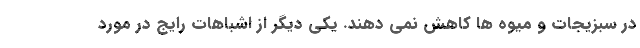
در سبزیجات و میوه ها کاهش نمی دهند. یکی دیگر از اشباهات رایج در مورد